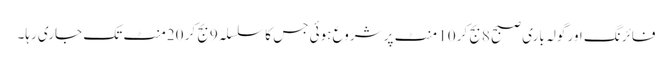
فائرنگ اور گولہ باری صبح 8بج کر 10 منٹ پر شروع ہوئی جس کا سلسلہ 9بج کر 20منٹ تک جاری رہا۔